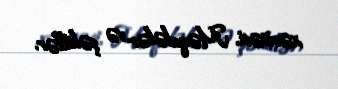
xəritəsi, Məqalələr və şəkillər.